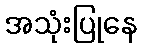
အသုံးပြုနေ